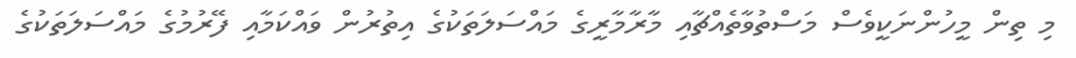
މި ތިން މީހުންނަކީވެސް މަސްތުވާތެއްޗާއި މާރާމާރީގެ މައްސަލަތަކުގެ އިތުރުން ވައްކަމާއި ފޭރުމުގެ މައްސަލަތަކުގެ